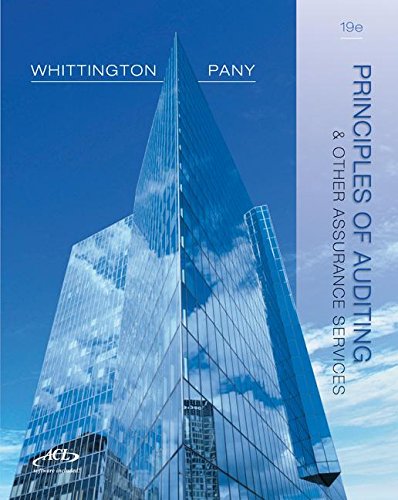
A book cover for Principles of Auditing & Other Assurance Services; Ray Whittington; Business & Money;